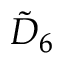
{ \tilde { D } } _ { 6 }